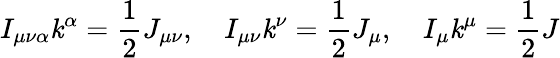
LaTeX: I_{\mu\nu\alpha}\mathit{k}^{\alpha}=\frac{{1}}{{2}}J_{\mu\nu},\ \ \ \ I_{\mu\nu}\mathit{k}^{\nu}=\frac{{1}}{{2}}J_{\mu},\ \ \ \ I_{\mu}\mathit{k}^{\mu}=\frac{{1}}{{2}}J